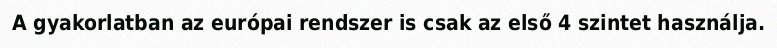
A gyakorlatban az európai rendszer is csak az első 4 szintet használja.